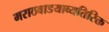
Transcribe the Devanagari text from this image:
मराठवाडयाव्यतिरिक्त